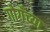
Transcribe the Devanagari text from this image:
गोगँच्या